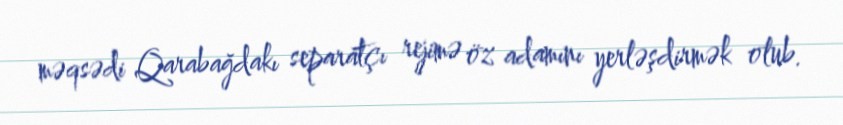
məqsədi Qarabağdakı separatçı rejimə öz adamını yerləşdirmək olub.